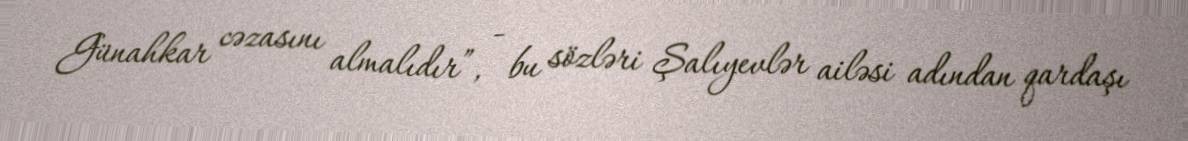
Günahkar cəzasını almalıdır”, - bu sözləri Şalıyevlər ailəsi adından qardaşı